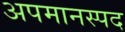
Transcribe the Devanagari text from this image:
अपमानस्पद